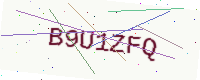
Text: B9U1ZFQ